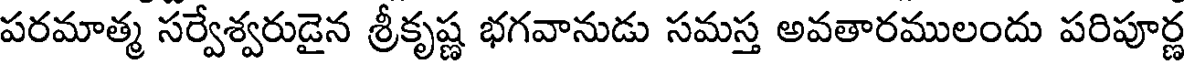
పరమాత్మ సర్వేశ్వరుడైన శ్రీకృష్ణ భగవానుడు సమస్త అవతారములందు పరిపూర్ణ